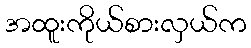
အထူးကိုယ်စားလှယ်က